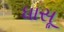
ધાસૂ